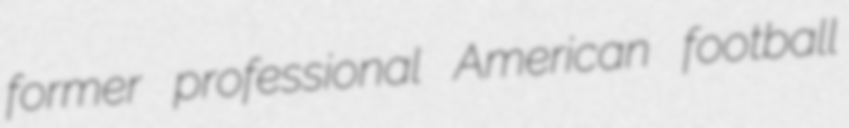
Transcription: former professional American football